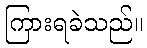
ကြားရခဲသည်။